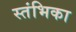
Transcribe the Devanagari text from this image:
स्तंभिका